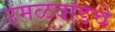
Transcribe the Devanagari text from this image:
उमळवाडचे